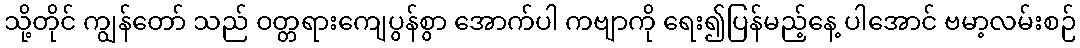
သို့တိုင် ကျွန်တော် သည် ဝတ္တရားကျေပွန်စွာ အောက်ပါ ကဗျာကို ရေး၍ပြန်မည့်နေ့ ပါအောင် ဗမာ့လမ်းစဉ်